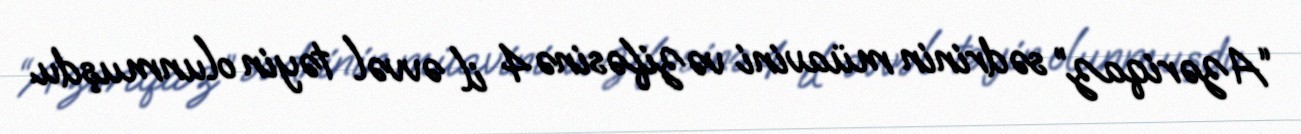
“Azəriqaz” sədrinin müavini vəzifəsinə 4 il əvvəl təyin olunmuşdu.